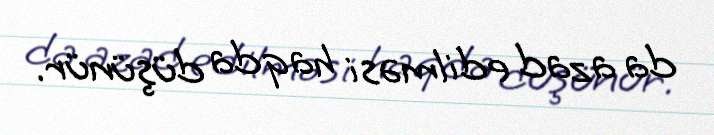
da azad edilməsi haqda düşünür.